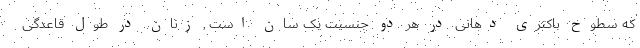
که سطوح باکتری دهانی در هر دو جنسیت یک سان است , زنان در طول قاعدگی